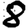
Digit: 8